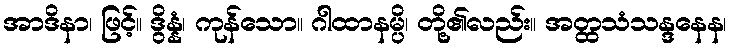
အာဒိနာ၊ ဖြင့်။ ဒွိန္နံ၊ ကုန်သော။ ဂါထာနမ္ပိ၊ တို့၏လည်း။ အတ္ထသံသန္ဒနေန၊